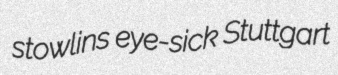
stowlins eye-sick Stuttgart